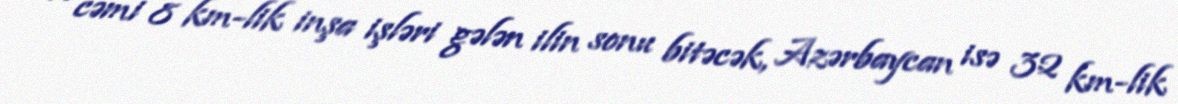
və cəmi 8 km-lik inşa işləri gələn ilin sonu bitəcək, Azərbaycan isə 32 km-lik